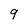
Character: 9